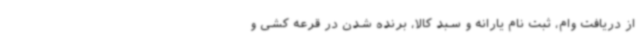
از دریافت وام، ثبت نام یارانه و سبد کالا، برنده شدن در قرعه کشی و